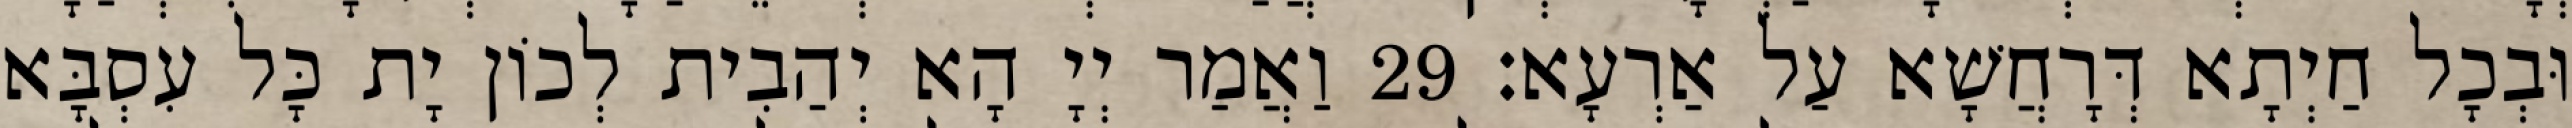
וּבְכָל חַיְתָא דְּרָחֲשָׁא עַל אַרְעָא׃ 29 וַאֲמַר יְיָ הָא יְהַבִית לְכוֹן יָת כָּל עִסְבָּא